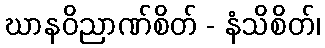
ဃာနဝိညာဏ်စိတ် - နံသိစိတ်၊